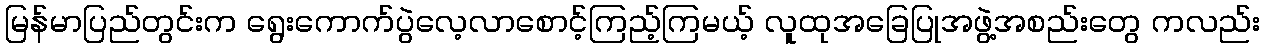
မြန်မာပြည်တွင်းက ရွေးကောက်ပွဲလေ့လာစောင့်ကြည့်ကြမယ့် လူထုအခြေပြုအဖွဲ့အစည်းတွေ ကလည်း